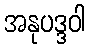
အနုပဒ္ဒဝါ